Report on the administration of the Government Cinchona Department 1892-98
Year: 1892
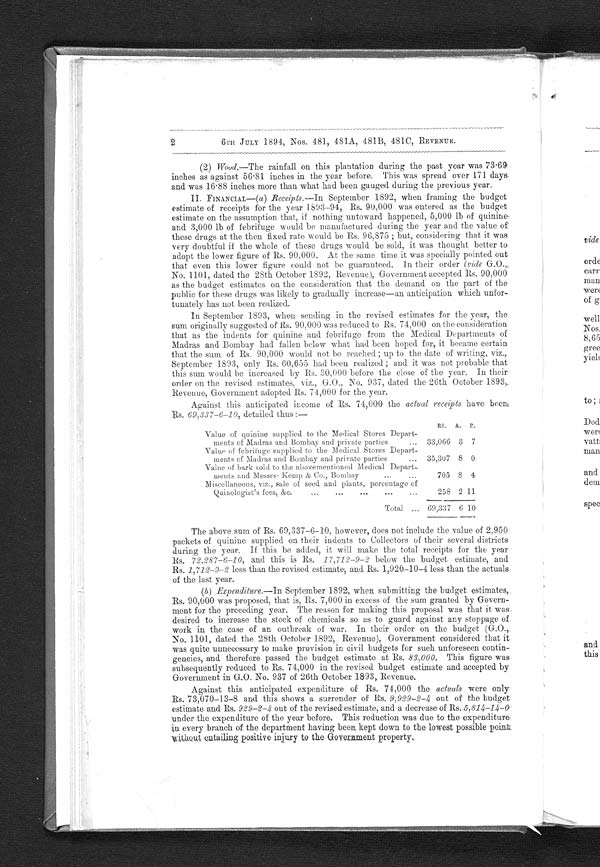
2 6TH JULY 1894, Nos. 481, 481A, 481B, 481C, REVENUE.
(2) Wood.—The rainfall on this plantation during the past year was 73.69
inches as against 56.81 inches in the year before. This was spread over 171 days.
and was 16.88 inches more than what had been gauged during the previous year.
I I . F I NANC I AL —( a ) R e c e i p t s . —I nSeptember 1892, when framing the budget
estimate of receipts for the year 1893-94, Rs. 90,000 was entered as the budget
estimate on the assumption that, if nothing untoward happened, 5,000 lb of quinine
and 3,000 lb of febrifuge would be manufactured during the year and the value of
these drugs at the then fixed rate would be Rs. 96,875; but, considering that it was
very doubtful if the whole of these drugs would be sold, it was thought better to
adopt the lower figure of Rs. 90,000. At the same time it was specially pointed out
that even this lower figure could not be guaranteed. In their order (vide
No. 1101, dated the 28th October 1892, Revenue), Government accepted Rs. 90,000
as the budget estimates on the consideration that the demand on the part of the
public for these drugs was likely to gradually increase—an anticipation which unfor
- tunately has not been realized.
In September 1893, when sending in the revised estimates for the year, the
sum originally suggested of Rs. 90,000 was reduced to Rs. 74,000 on the consideration
that as the indents for quinine and febrifuge from the Medical Departments of
Madras and Bombay had fallen below what had been hoped for, it became certain
that the sum of Rs. 90,000 would not be reached; up to the date of writing, viz.
September 1893, only Rs. 60,655 had been realized; and it was not probable that
this sum would be increased by Rs. 30,000 before the close of the year. In their
order on the revised estimates, viz., G.O., No. 937, dated the 26th October 1893,
Revenue, Government adopted Rs. 74,000 for the year.
Against this anticipated income of Rs. 74,00.0 the actual receipts have been
Rs. 69,337-6-10, detailed thus:—
RS. A. P.
Value of quinine supplied to the Medical Stores Depart-
ments of Madras and Bombay and private parties
33,066 3 7
Value of febrifuge supplied to the Medical Stores Depart-
ments of Madras and Bombay and private parties
35,307 8 0
Value of bark sold to the above mentioned Medical Depart-
ments and Messrs Kemp & Co., Bombay
705 8 4
Miscellaneous, viz., sale of seed and plants, percentage of
Quinologist's fees, &c.
258 2 11
Total
69,337 6 10
The above sum of Rs. 69,337-6-10, however, does not include the value of 2,950
packets of quinine supplied on their indents to Collectors of their several districts
during the year. If this be added, it will make the total receipts for the year
Rs. 72,287-6-10, and this is Rs. 17,712-9-2 below the budget estimate, and
Rs. 1,712-9-2 less than the revised estimate, and. Rs. 1,920-10-4 less than the actuals
of the last year.
(b) E x p e n d i t u r e . — I n S e p t e m b e r 1 8 9 2 , w h e n s u b m i t t i n g t h e b u d g e t e s t i m a t e s , .
Rs. 90,000 was proposed, that is, Rs. 7,000 in excess of the sum granted by Govern-
ment for the preceding year. The reason for making this proposal was that it was
desired to increase the stock of chemicals so as to guard against any stoppage of
work in the case of an outbreak of war. In their order on the budget (G.O.,
No. 1101, dated the 28th October 1892, Revenue), Government considered that it
was quite unnecessary to make provision in civil budgets for such unforeseen contin-
gencies, and therefore passed the budget estimate at Rs. 83,000. This figure was
subsequently reduced to Rs. 74,000 in the revised budget estimate and accepted by
Government in G.O. No. 937 of 26th October 1893, Revenue.
Against this anticipated expenditure of Rs. 74,000 the actuals were only
Rs. 73,070-13-8 and this shows a surrender of RS. 9,929-2-4 out of the budget
estimate and Rs. 929-2-4 out of the revised estimate, and a decrease of Rs. 5,814-14-0
under the expenditure of the year before. This reduction was due to the expenditure
in every branch of the department having been. kept down to the lowest possible point
Without entailing positive injury to the Government property
.